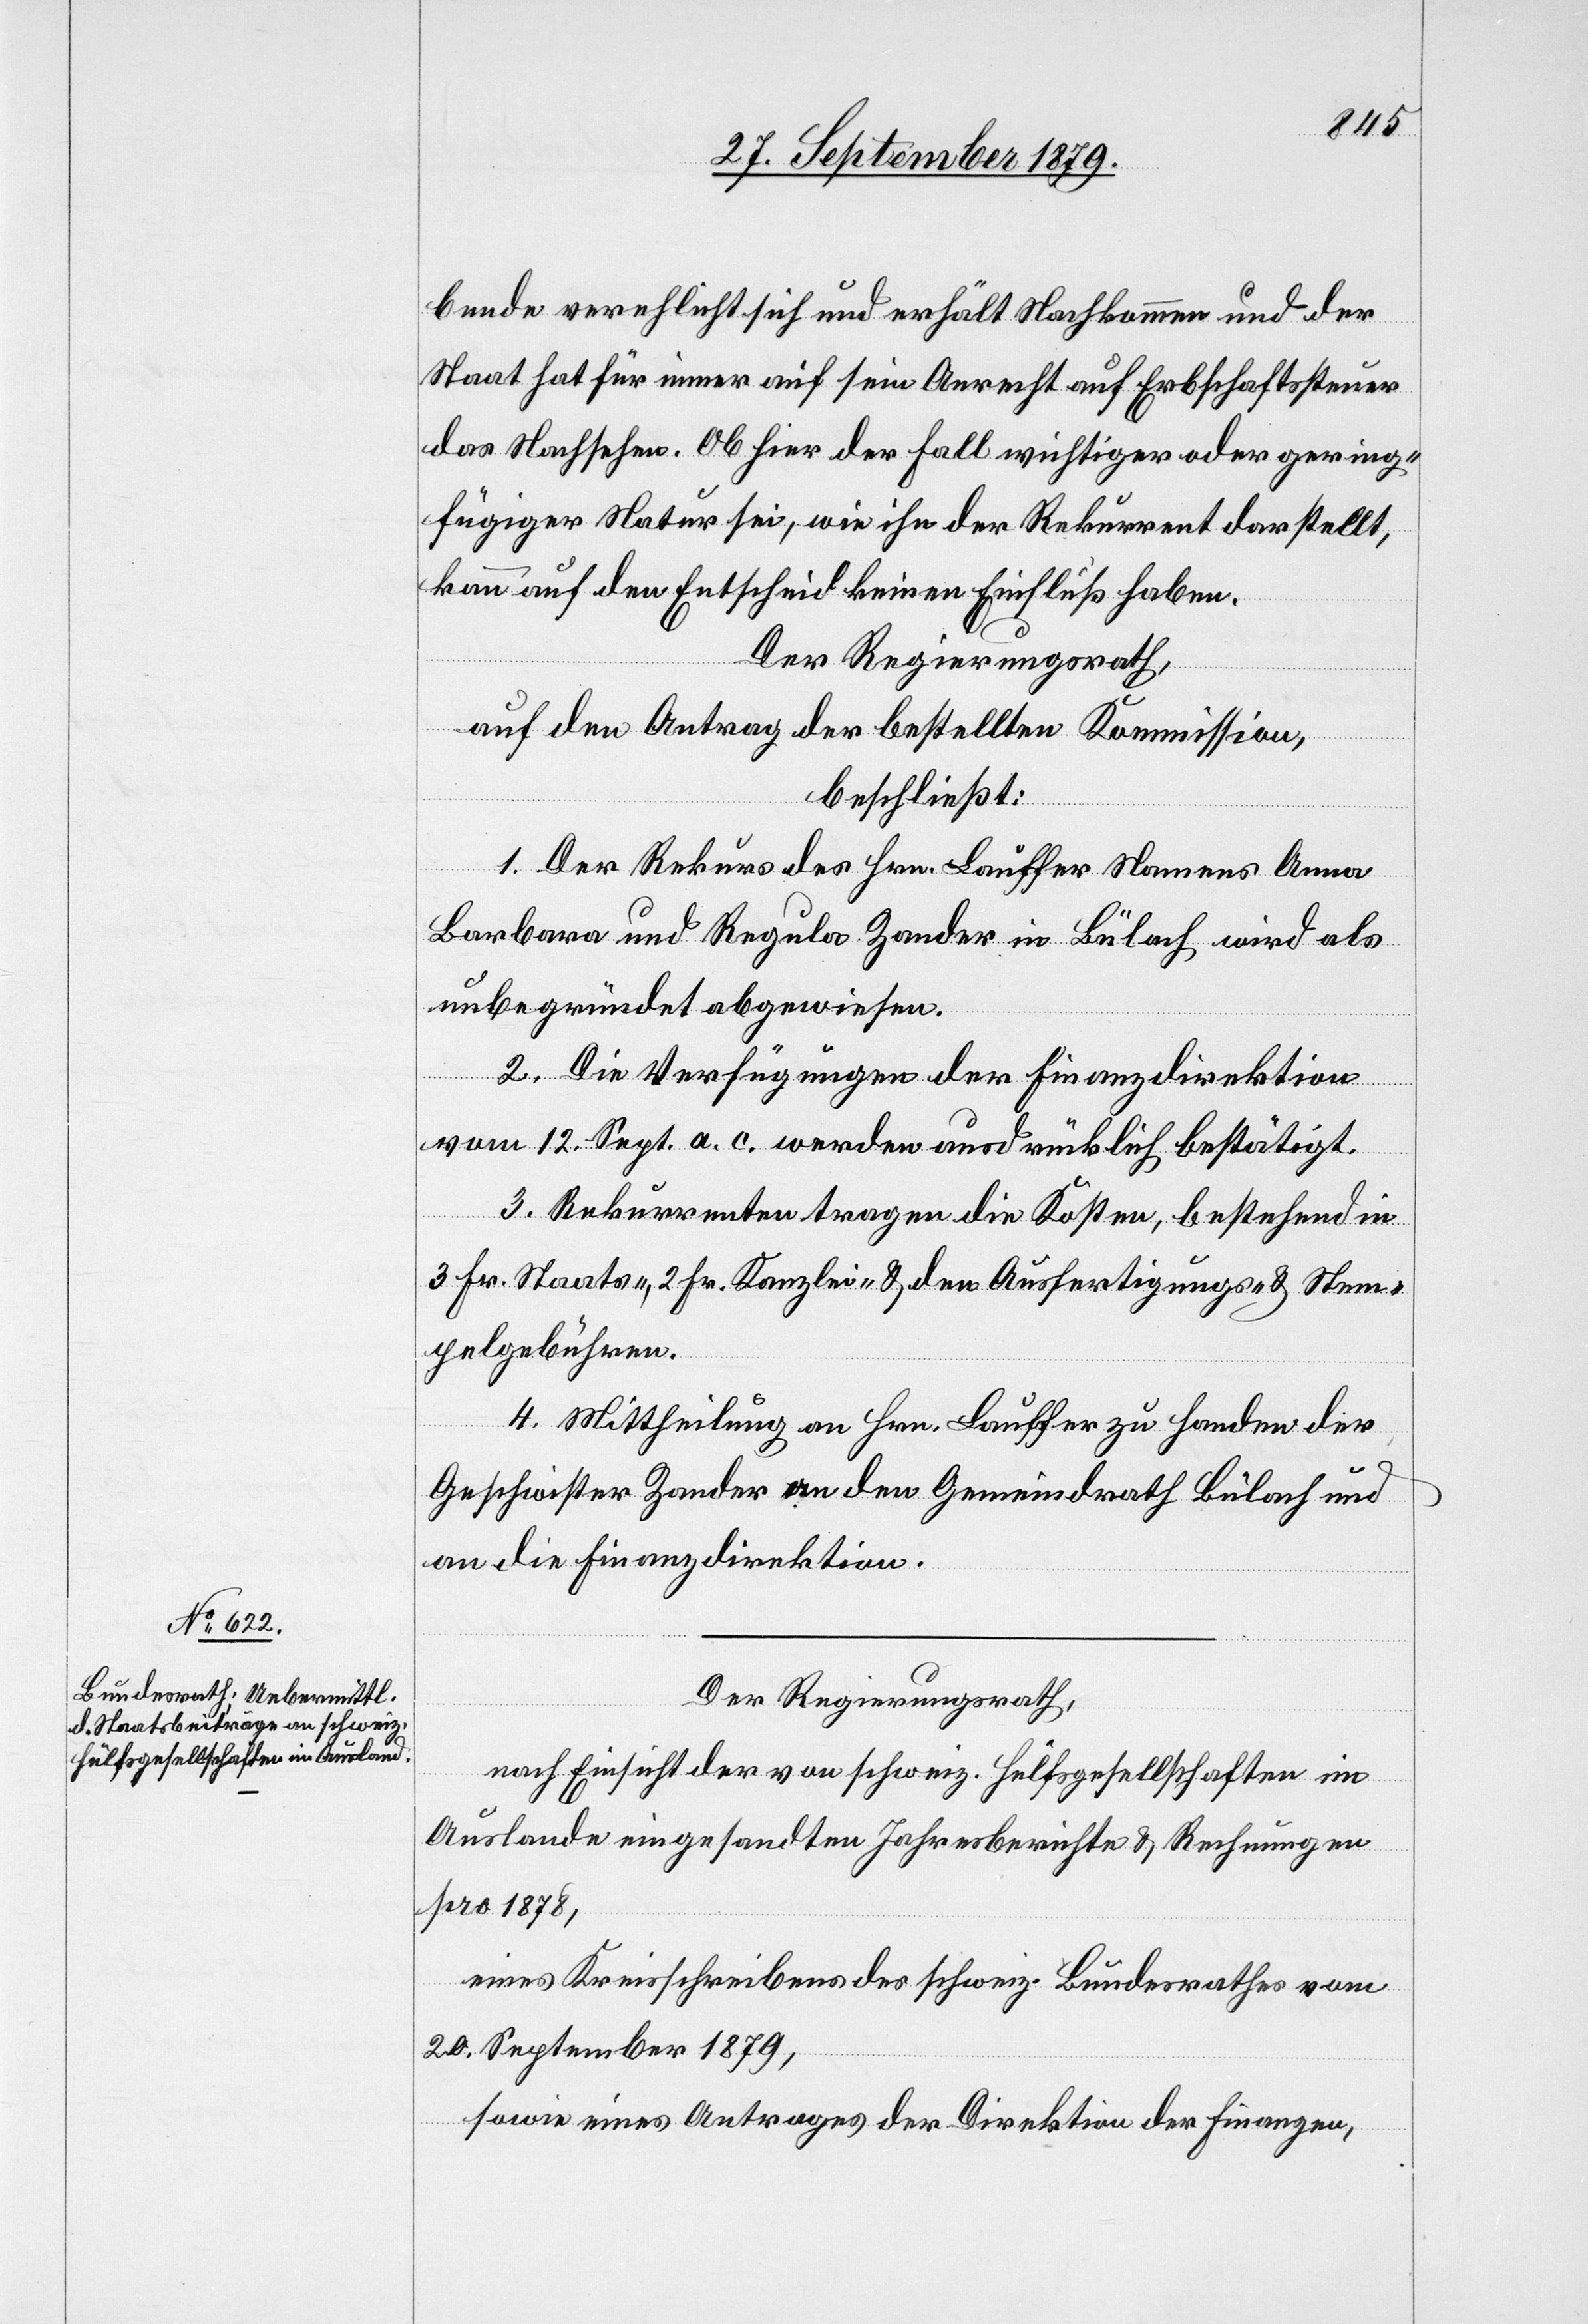
bende verehlicht sich und erhält Nachkommen und der
Staat hat für immer auf sein Anrecht auf Erbschaftssteuer
das Nachsehen. Ob hier der Fall wichtiger oder gering¬
fügiger Natur sei, wie ihn der Rekurrent darstellt,
kann auf den Entscheid keinen Einfluß haben.
Der Regierungsrath,
auf den Antrag der bestellten Kommission,
beschließt:
1. Der Rekurs des Hrn. Lauffer Namens Anna
Barbara und Regula Zander in Bülach wird als
unbegründet abgewiesen.
2. Die Verfügungen der Finanzdirektion
vom 12. Sept. a. c. werden ausdrücklich bestätigt.
3. Rekurrenten tragen die Kosten, bestehend in
3 Fr. Staats-. 2 Fr. Kanzlei- & den Ausfertigungs- & Stem¬
pelgebühren.
4. Mittheilung an Hrn. Lauffer zu Handen der
Geschwister Zander an den Gemeindrath Bülach und
an die Finanzdirektion.
Der Regierungsrath,
nach Einsicht der von schweiz. Hülfsgesellschaften im
Auslande eingesandten Jahresberichte & Rechnungen
pro 1878,
eines Kreisschreibens des schweiz. Bundesrathes vom
20. September 1879,
sowie eines Antrages der Direktion der Finanzen,